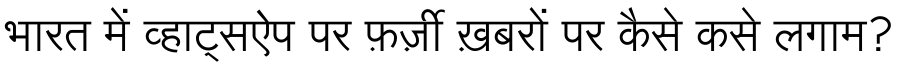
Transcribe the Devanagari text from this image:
भारत में व्हाट्सऐप पर फ़र्ज़ी ख़बरों पर कैसे कसे लगाम?